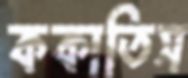
ককাতিস